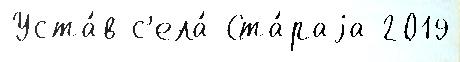
Уста́в с'ела́ Ста́раjа 2019